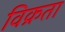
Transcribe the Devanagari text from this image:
विक्रता